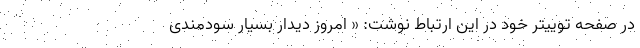
در صفحه توییتر خود در این ارتباط نوشت: « امروز دیدار بسیار سودمندی